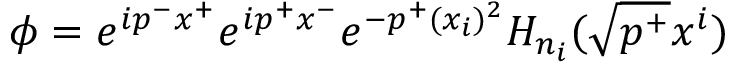
\phi = e ^ { i p ^ { - } x ^ { + } } e ^ { i p ^ { + } x ^ { - } } e ^ { - p ^ { + } ( x _ { i } ) ^ { 2 } } H _ { n _ { i } } ( \sqrt { p ^ { + } } x ^ { i } )